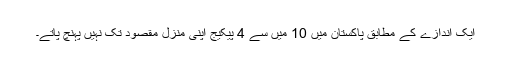
ایک اندازے کے مطابق پاکستان میں 10 میں سے 4 پیکیج اپنی منزل مقصود تک نہیں پہنچ پاتے۔